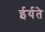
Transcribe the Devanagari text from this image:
ईर्यते